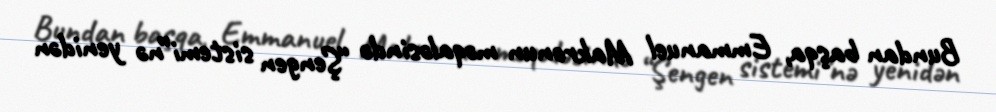
Bundan başqa, Emmanuel Makronun məqaləsində “Şengen sistemi”nə yenidən